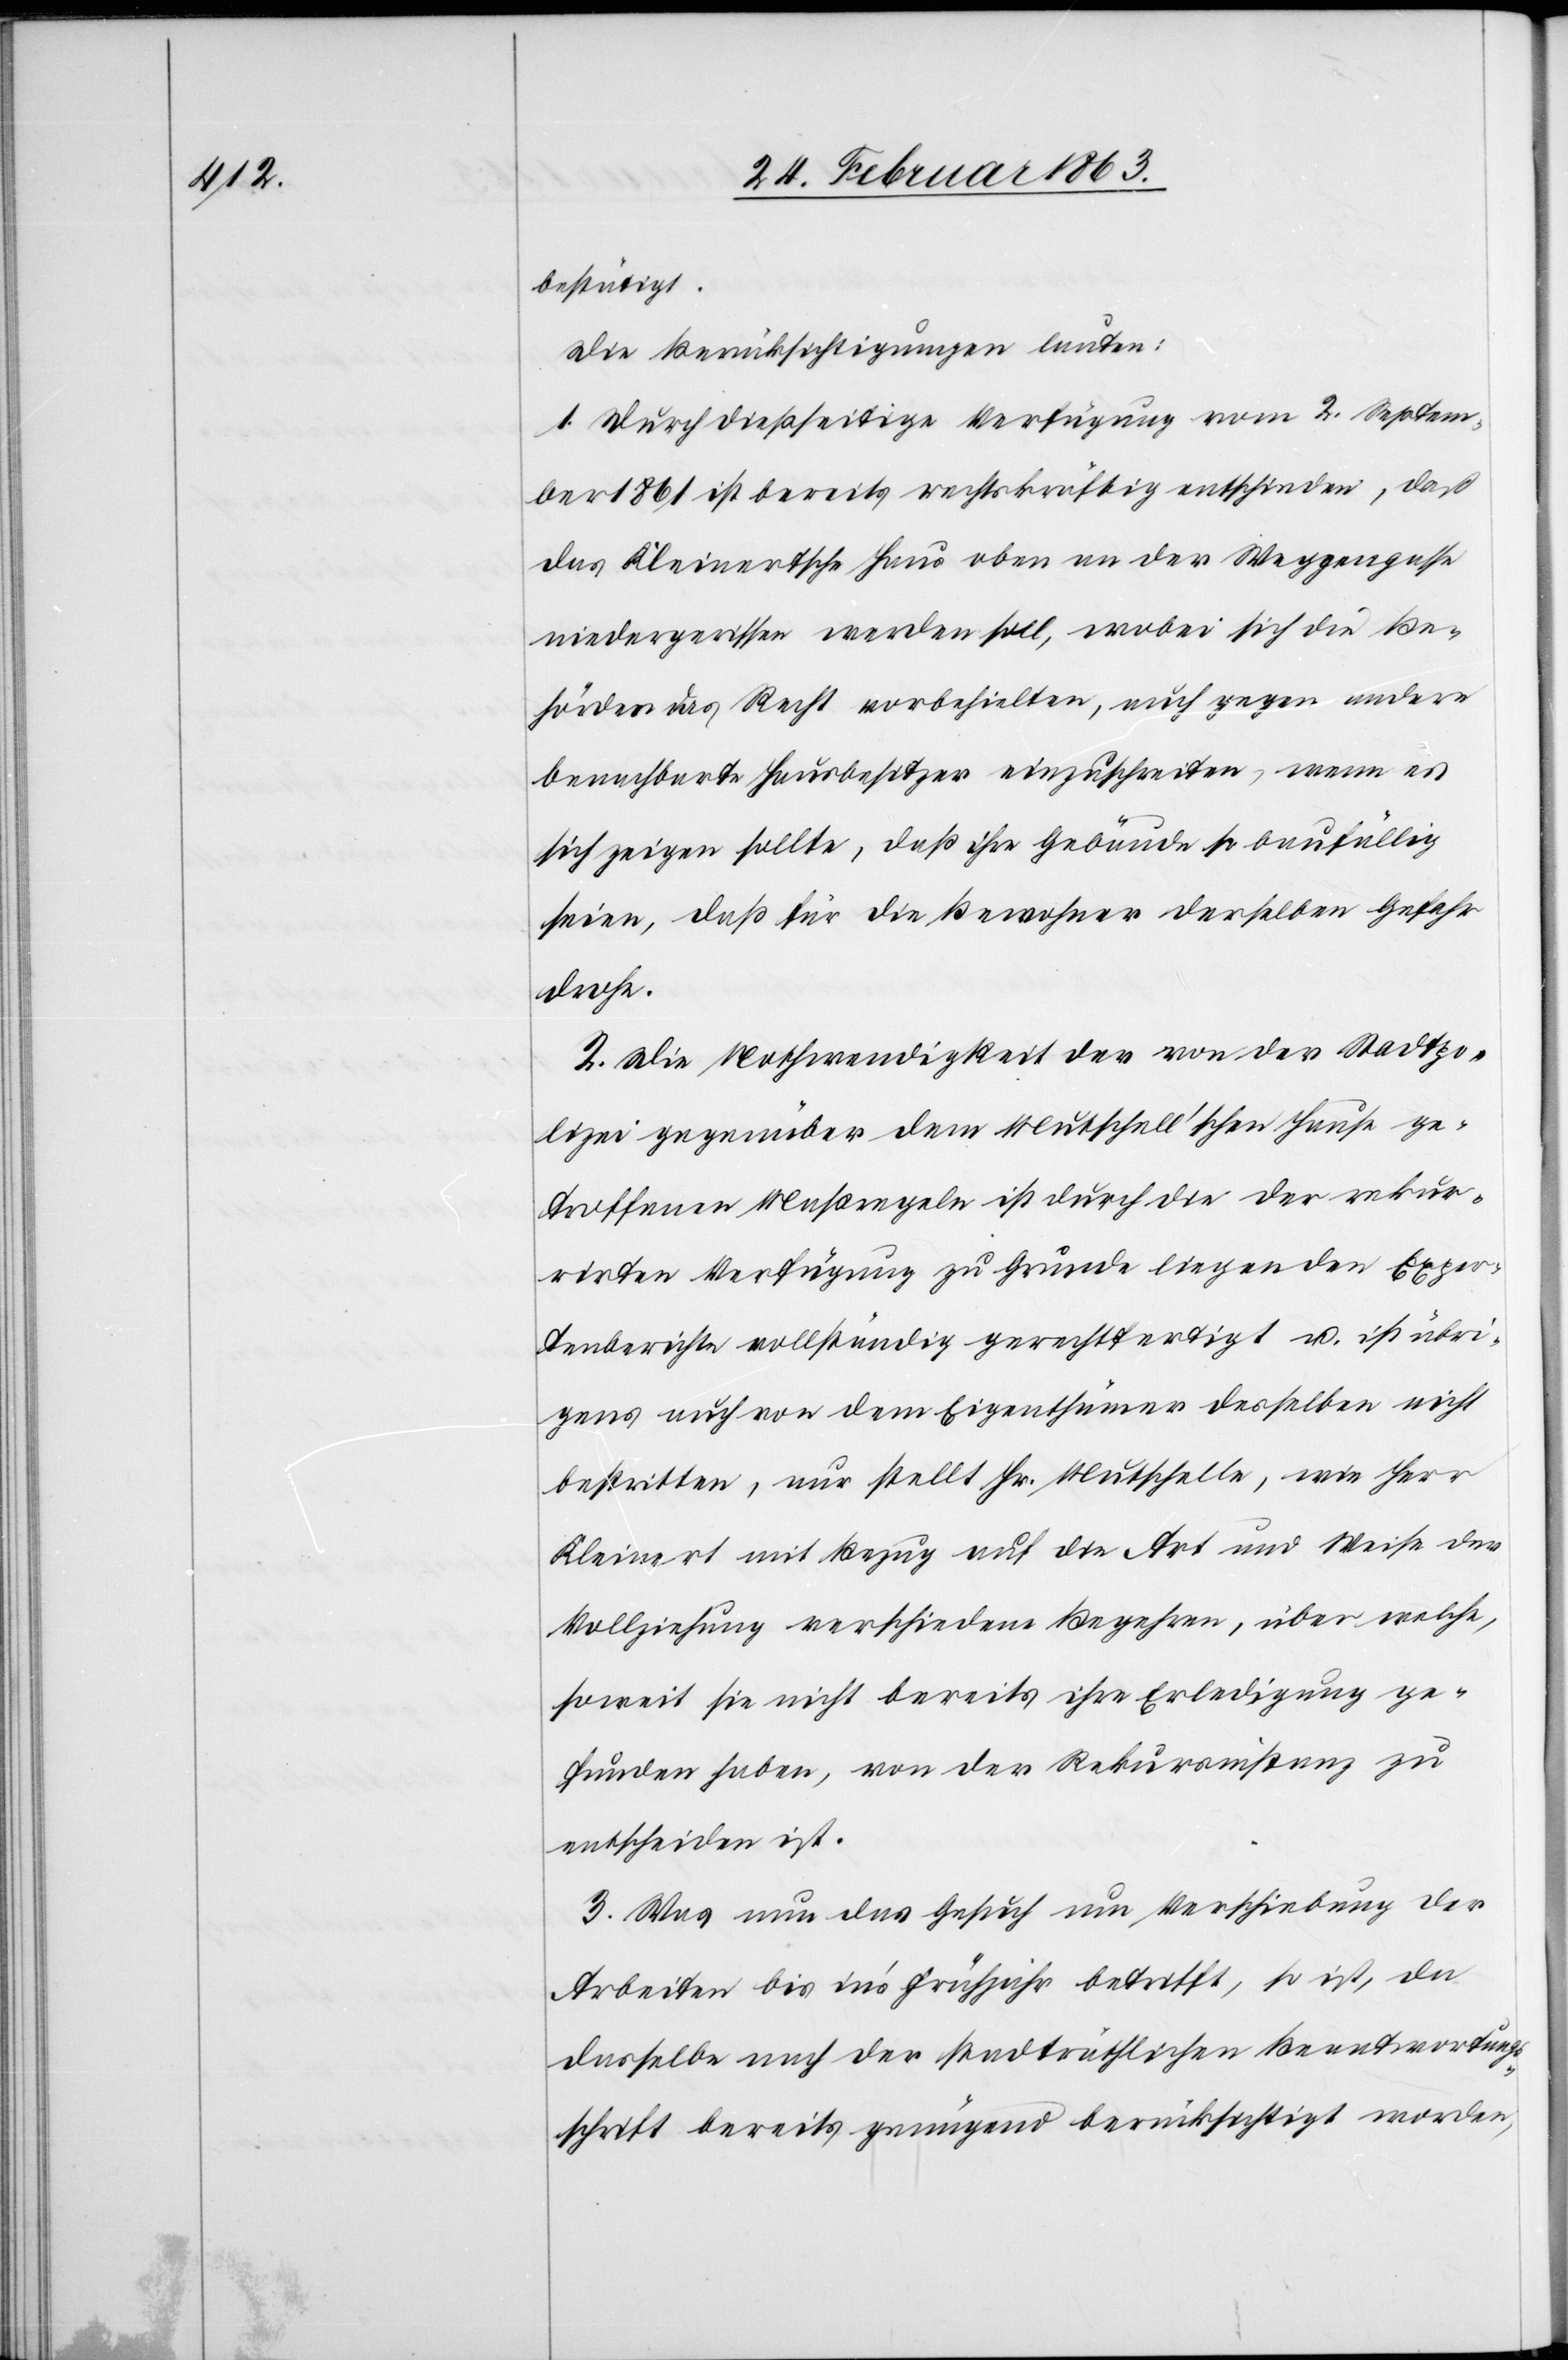
bestätigt.
Die Berücksichtigungen lauten:
1. Durch dießseitige Verfügung vom 2. Septem¬
ber 1861 ist bereits rechtskräftig entschieden, daß
das Kleinertsche Haus oben an der Weggengasse
niedergerissen werden soll, wobei sich die Be¬
hörden das Recht vorbehielten, auch gegen andere
benachbarte Hausbesitzer einzuschreiten, wenn es
sich zeigen sollte, daß ihre Gebäude so baufällig
seien, daß für die Bewohner derselben Gefahr
drohe.
2. Die Nothwendigkeit der von der Stadtpo¬
lizei gegenüber dem Mutschell'schen Hause ge¬
troffenen Maßregeln ist durch die der rekur¬
rirten Verfügung zu Grunde liegenden Exper¬
tenberichte vollständig gerechtfertigt u. ist übri¬
gens auch von dem Eigenthümer desselben nicht
bestritten, nur stellt Hr. Mutschelle, wie Herr
Kleinert mit Bezug auf die Art und Weise der
Vollziehung verschiedene Begehren, über welche,
soweit sie nicht bereits ihre Erledigung ge¬
funden haben, von der Rekursinstanz zu
entscheiden ist.
3. Was nun das Gesuch um Verschiebung der
Arbeiten bis in's Frühjahr betrifft, so ist, da
dasselbe nach der stadträthlichen Beantwortung¬
sschrift bereits genügend berücksichtigt worden,